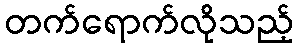
တက်ရောက်လိုသည့်